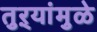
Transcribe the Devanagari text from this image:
तुऱ्यांमुळे